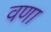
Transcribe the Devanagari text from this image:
वणा